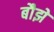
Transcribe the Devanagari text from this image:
बौझे